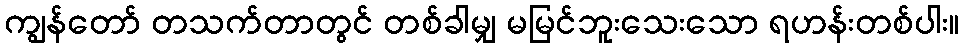
ကျွန်တော် တသက်တာတွင် တစ်ခါမျှ မမြင်ဘူးသေးသော ရဟန်းတစ်ပါး။